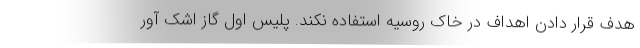
هدف قرار دادن اهداف در خاک روسیه استفاده نکند. پلیس اول گاز اشک آور